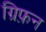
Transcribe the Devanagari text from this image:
ग्रिफ़न